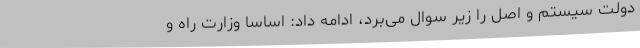
دولت سیستم و اصل را زیر سوال می‌برد، ادامه داد: اساسا وزارت راه و